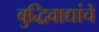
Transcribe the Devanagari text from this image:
बुद्धिवाद्यांचे